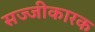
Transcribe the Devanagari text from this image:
सज्जीकारक